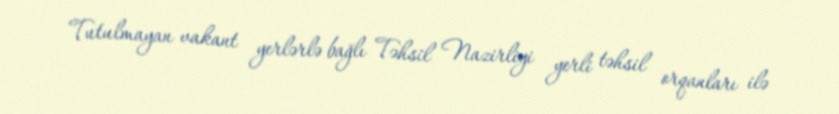
Tutulmayan vakant yerlərlə bağlı Təhsil Nazirliyi yerli təhsil orqanları ilə